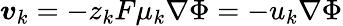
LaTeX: \boldsymbol{\mathit{v}}_{k}=-z_{k}F\mu_{k}\nabla\Phi=-u_{k}\nabla\Phi